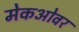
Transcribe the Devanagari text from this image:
मेकओवर